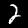
Label: 2